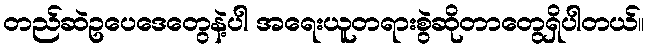
တည်ဆဲဥပေဒေတွေနဲ့ပါ အရေးယူတရားစွဲဆိုတာတွေရှိပါတယ်။